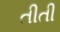
તીતી